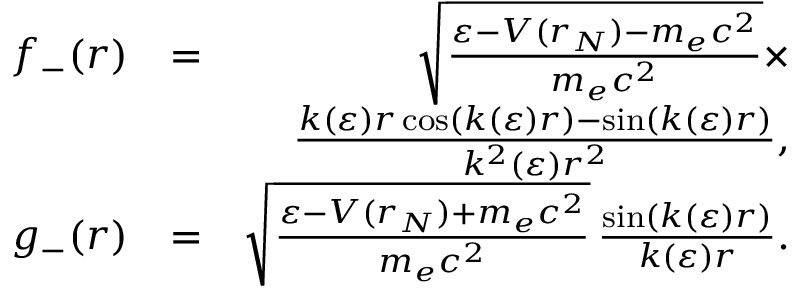
\begin{array} { r l r } { f _ { - } ( r ) } & { = } & { \sqrt { \frac { \varepsilon - V ( r _ { N } ) - m _ { e } c ^ { 2 } } { m _ { e } c ^ { 2 } } } \times } \\ & { } & { \frac { k ( \varepsilon ) r \cos ( k ( \varepsilon ) r ) - \sin ( k ( \varepsilon ) r ) } { k ^ { 2 } ( \varepsilon ) r ^ { 2 } } , } \\ { g _ { - } ( r ) } & { = } & { \sqrt { \frac { \varepsilon - V ( r _ { N } ) + m _ { e } c ^ { 2 } } { m _ { e } c ^ { 2 } } } \, \frac { \sin ( k ( \varepsilon ) r ) } { k ( \varepsilon ) r } . } \end{array}